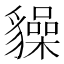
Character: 𧴜